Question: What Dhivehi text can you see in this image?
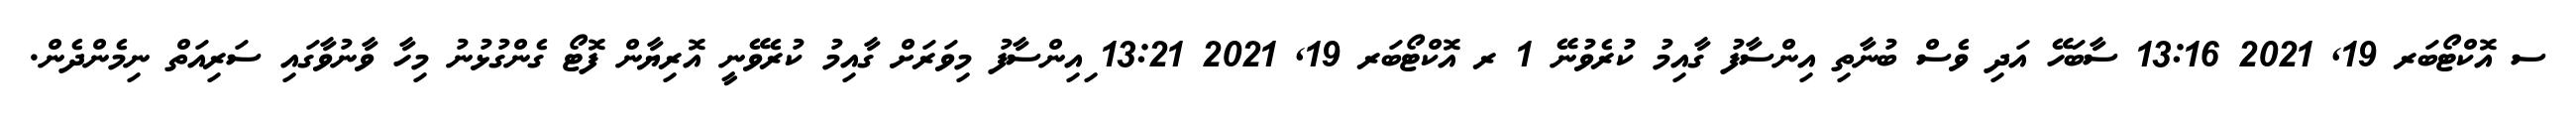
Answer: ސ އޮކްޓޯބަރ 19, 2021 13:16 ސާބަހޭ އަދި ވެސް ބުނާތި އިންސާފު ގާއިމު ކުރެވުނޭ 1 ރ އޮކްޓޯބަރ 19, 2021 13:21 ިއިންސާފު މިވަރަށް ގާއިމު ކުރެވޭނީ އޮރިޔާން ފޮޓޯ ގެންގުޅުނު މިހާ ވާނުވާގައި ސަރިއަތް ނިމެންދެން.